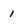
Character: 1